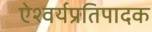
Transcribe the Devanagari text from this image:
ऐश्वर्यप्रतिपादक